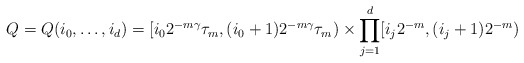
\begin{align*}Q=Q(i_{0},\ldots,i_{d})=[i_{0}2^{-m\gamma}\tau_{m},(i_{0}+1)2^{-m\gamma}\tau_{m})\times\prod_{j=1}^{d}[i_{j}2^{-m},(i_{j}+1)2^{-m})\end{align*}